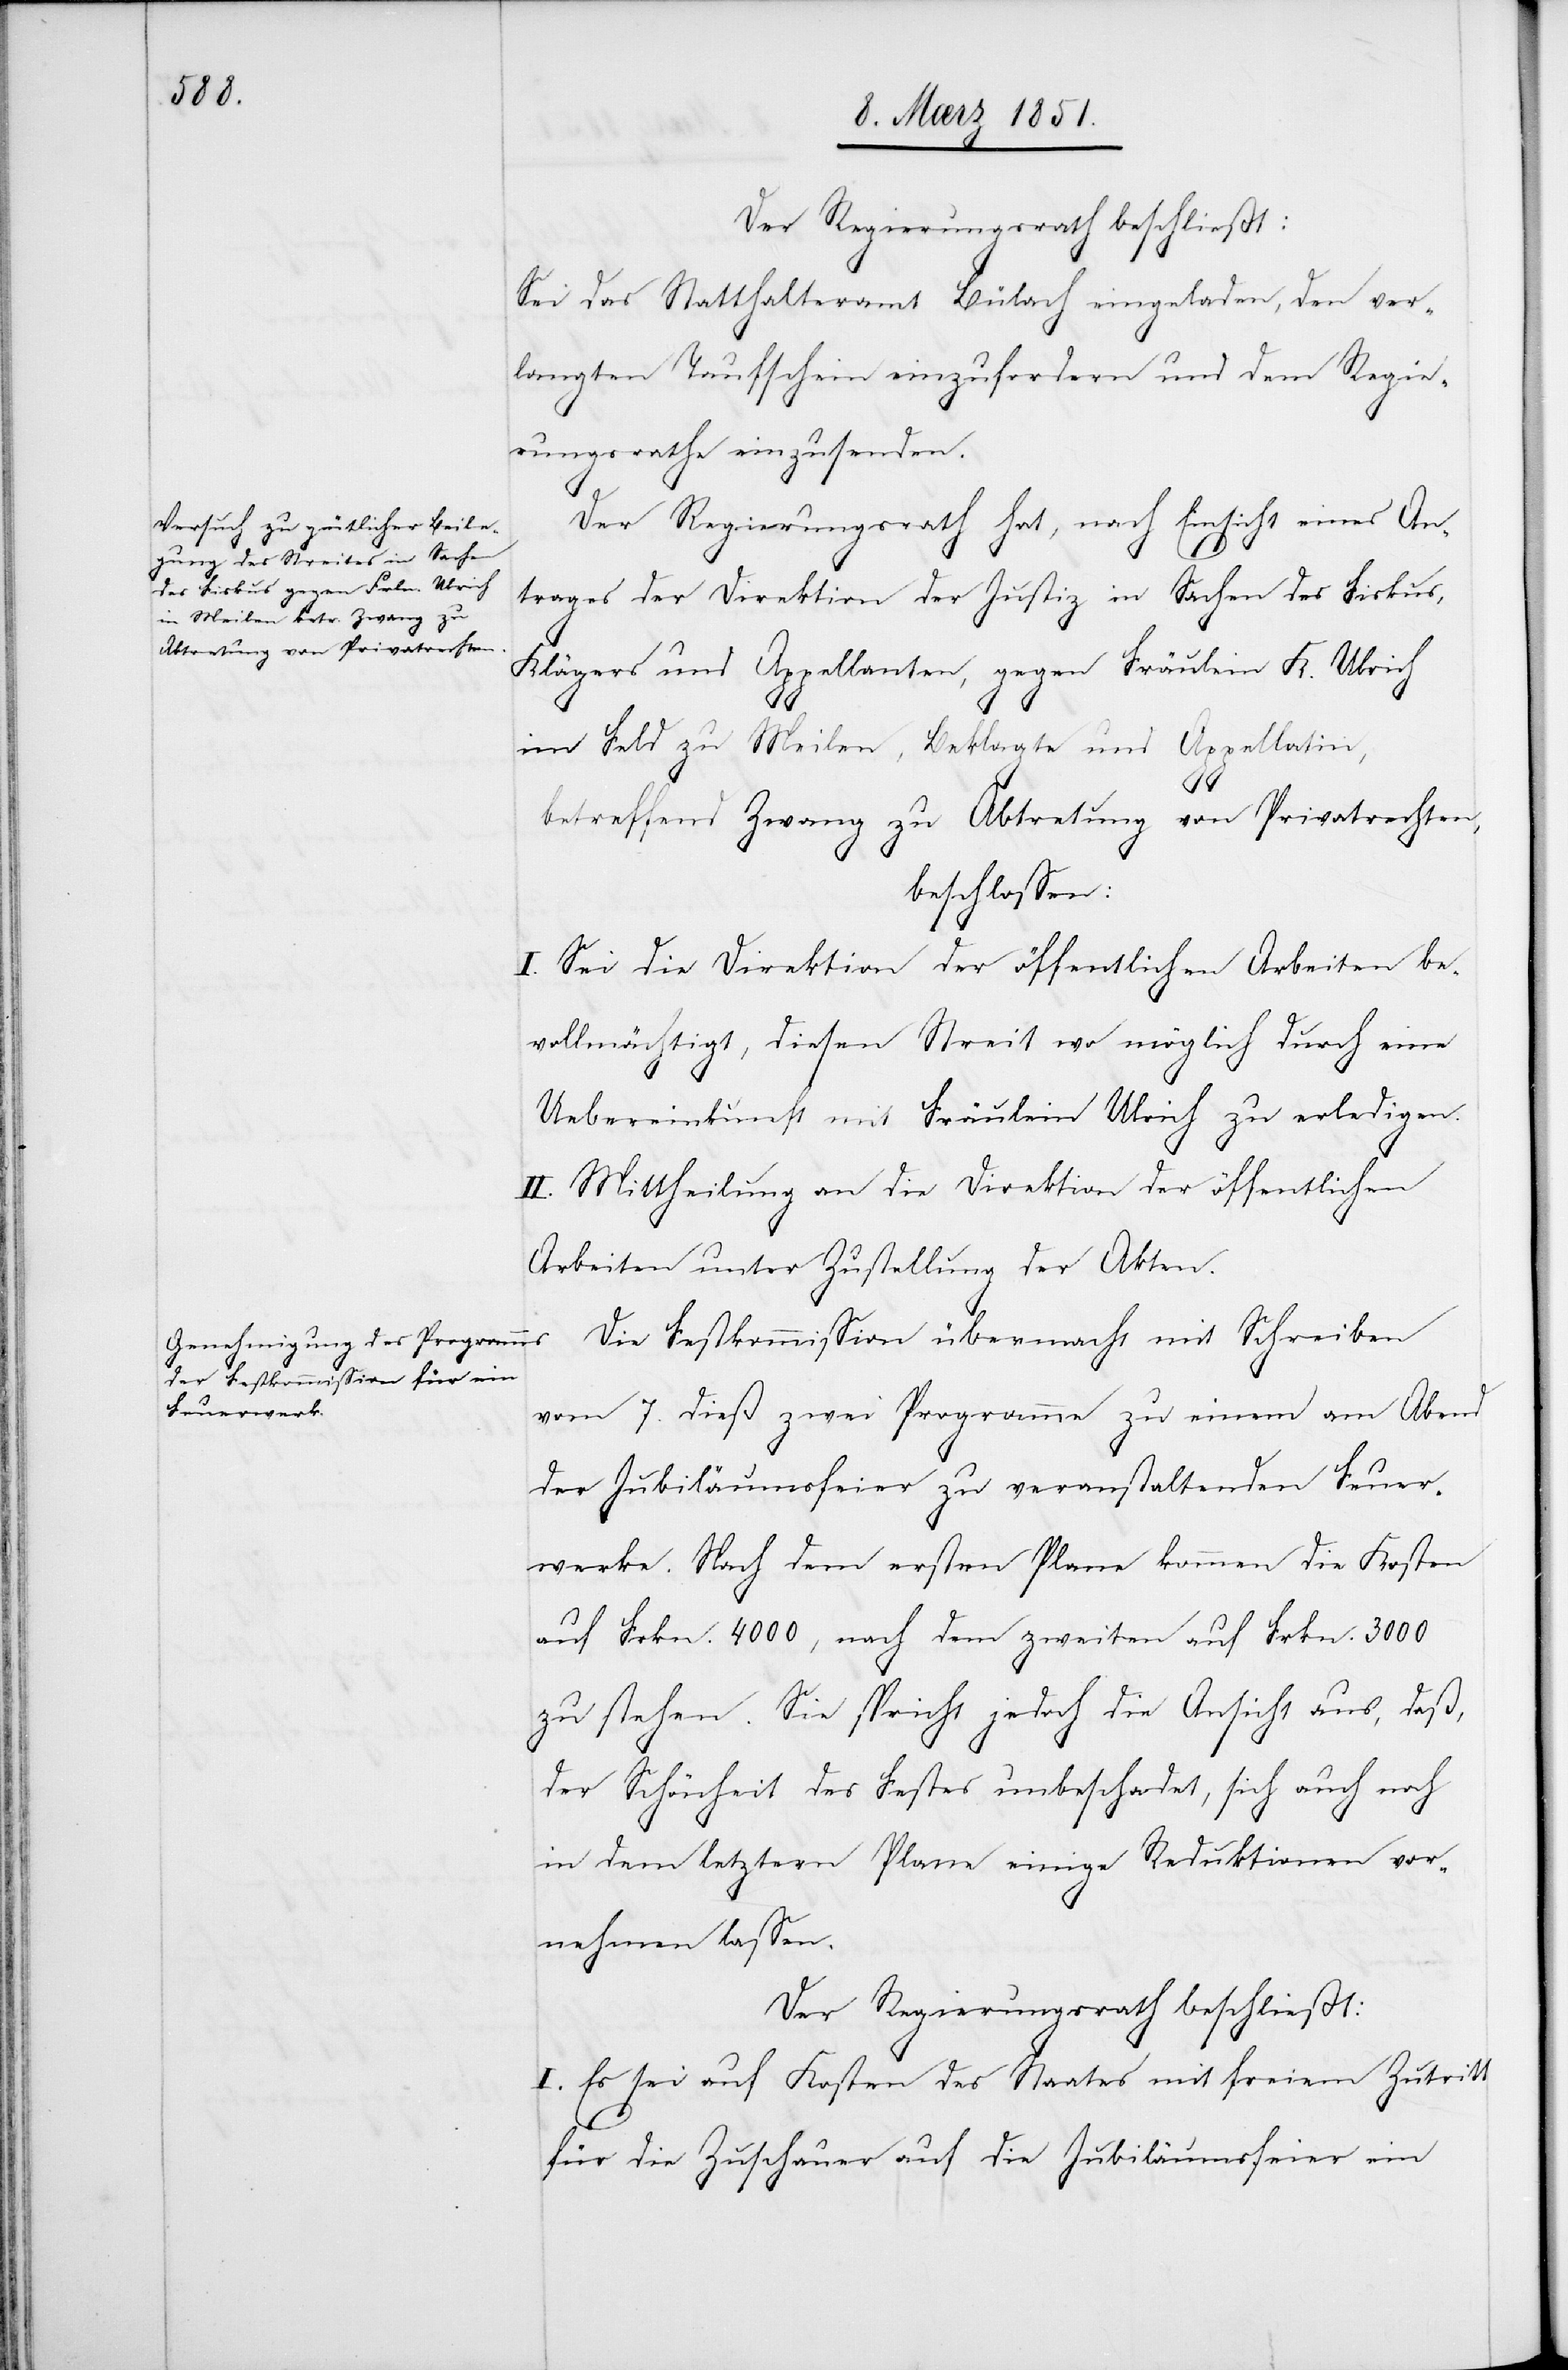
ein

Der Regierungsrath beschließt:
Sei das Statthalteramt Bülach eingeladen, den ver¬
langten Taufschein einzufordern und dem Regie¬
rungsrathe einzusenden.
Der Regierungsrath hat, nach Einsicht eines An¬
trages der Direktion der Justiz in Sachen des Fiskus,
Klägers und Appellanten, gegen Fräulein K. Ulrich
im Feld zu Meilen, Beklagte und Appellatin,
betreffend Zwang zu Abtretung von Privatrechten,
beschlossen:
I. Sei die Direktion der öffentlichen Arbeiten be¬
vollmächtigt, diesen Streit wo möglich durch eine
Uebereinkunft mit Fräulein Ulrich zu erledigen.
II. Mittheilung an die Direktion der öffentlichen
Arbeiten unter Zustellung der Akten.
Die Festkommission übermacht mit Schreiben
vom 7. dieß zwei Programme zu einem am Abend
der Jubiläumsfeier zu veranstaltenden Feuer¬
werke. Nach dem ersten Plane kommen die Kosten
auf Frkn. 4000, nach dem zweiten auf Frkn. 3000
zu stehen. Sie spricht jedoch die Ansicht aus, daß,
der Schönheit des Festes unbeschadet, sich auch noch
in dem letztern Plane einige Reduktionen vor¬
nehmen lassen.
Der Regierungsrath beschließt:
I. Es sei auf Kosten des Staates mit freiem Zutritt
für die Zuschauer auf die [recte: der]